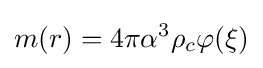
m(r)=4\pi \alpha ^{3}\rho _{c}\varphi (\xi )